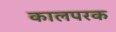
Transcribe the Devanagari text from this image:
कालपरक